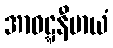
အာဝဋ္ဋနီမာယံ